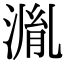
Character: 湚